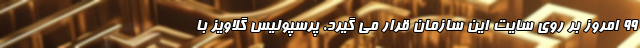
۹۹ امروز بر روی سایت این سازمان قرار می گیرد. پرسپولیس گلاویز با